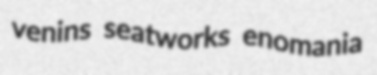
venins seatworks enomania